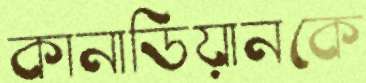
কানাডিয়ানকে